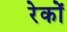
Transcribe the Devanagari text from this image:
रेकों